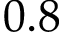
0 . 8